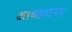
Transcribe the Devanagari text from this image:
आच्छादनम्‌